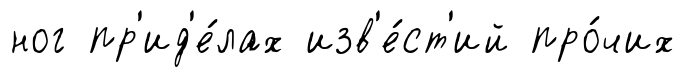
ног пр'ид'е́лах изв'е́ст'ий про́чих